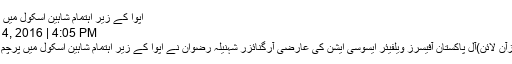
اپوا کے زیر اہتمام شاہین اسکول میں پرچم کشائی
August 14, 2016 | 4:05 PM
کراچی:(نیوزآن لائن)آل پاکستان آفیسرز ویلفیئر ایسوسی ایشن کی عارضی آرگنائزر شہنیلہ رضوان نے اپوا کے زیر اہتمام شاہین اسکول میں پرچم کشائی کی ۔